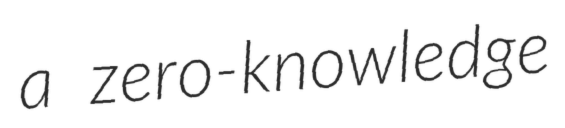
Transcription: a zero-knowledge